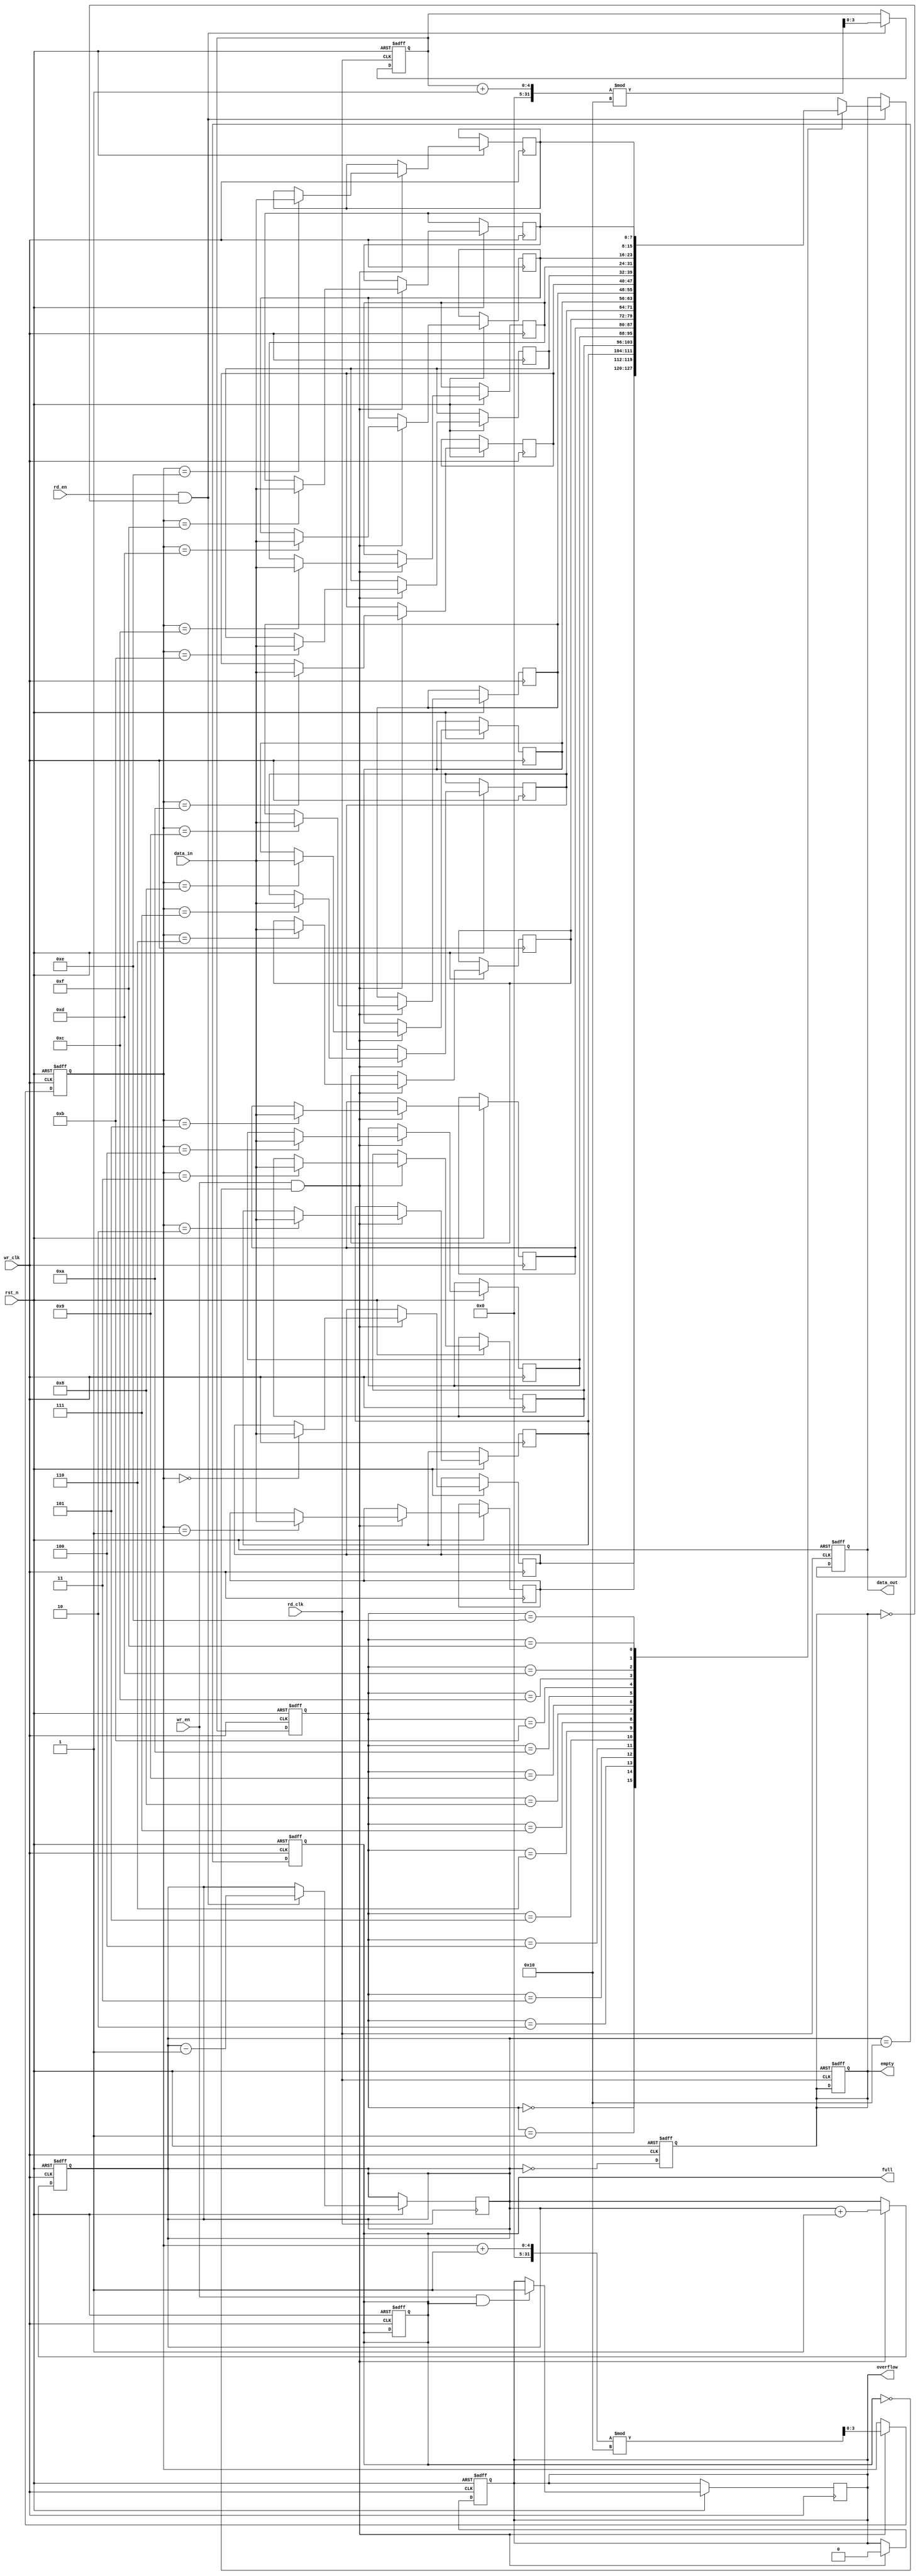
module async_fifo #(
    parameter DATA_WIDTH = 8,   // Width of the data
    parameter FIFO_DEPTH = 16    // Depth of the FIFO
)(
    input wire wr_clk,            // Write clock
    input wire rd_clk,            // Read clock
    input wire rst_n,             // Asynchronous reset (active low)
    input wire wr_en,             // Write enable
    input wire rd_en,             // Read enable
    input wire [DATA_WIDTH-1:0] data_in, // Data input
    output reg [DATA_WIDTH-1:0] data_out, // Data output
    output reg full,              // Full flag
    output reg empty,             // Empty flag
    output reg overflow           // Overflow flag
);

    // Memory array
    reg [DATA_WIDTH-1:0] fifo_mem [0:FIFO_DEPTH-1];

    // Pointers
    reg [3:0] wr_ptr;             // Write pointer
    reg [3:0] rd_ptr;             // Read pointer
    reg [4:0] count;              // Number of elements in the FIFO

    // Synchronization registers for read and write pointers
    reg [3:0] wr_ptr_sync;
    reg [3:0] rd_ptr_sync;

    // Asynchronous reset
    always @(posedge wr_clk or negedge rst_n) begin
        if (!rst_n) begin
            wr_ptr <= 0;
            count <= 0;
            full <= 0;
            overflow <= 0;
        end else if (wr_en && !full) begin
            fifo_mem[wr_ptr] <= data_in;
            wr_ptr <= (wr_ptr + 1) % FIFO_DEPTH;
            count <= count + 1;
            overflow <= 0; // Reset overflow flag
        end
    end

    always @(posedge rd_clk or negedge rst_n) begin
        if (!rst_n) begin
            rd_ptr <= 0;
            data_out <= 0;
            empty <= 1;
        end else if (rd_en && !empty) begin
            data_out <= fifo_mem[rd_ptr_sync];
            rd_ptr <= (rd_ptr + 1) % FIFO_DEPTH;
            count <= count - 1;
        end
    end

    // Update full and empty flags
    always @(posedge wr_clk or negedge rst_n) begin
        if (!rst_n) begin
            full <= 0;
            empty <= 1;
        end else begin
            full <= (count == FIFO_DEPTH);
            empty <= (count == 0);
            if (wr_en && full) begin
                overflow <= 1; // Set overflow flag
            end
        end
    end

    // Synchronize write pointer to read clock domain
    always @(posedge rd_clk or negedge rst_n) begin
        if (!rst_n) begin
            wr_ptr_sync <= 0;
        end else begin
            wr_ptr_sync <= wr_ptr; // Synchronize write pointer
        end
    end

    // Synchronize read pointer to write clock domain
    always @(posedge wr_clk or negedge rst_n) begin
        if (!rst_n) begin
            rd_ptr_sync <= 0;
        end else begin
            rd_ptr_sync <= rd_ptr; // Synchronize read pointer
        end
    end

endmodule